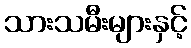
သားသမီးများနှင့်